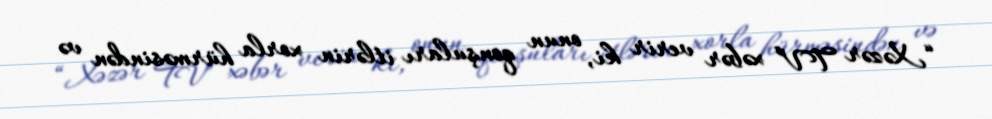
“Xəzər TV” xəbər verir ki, onun qonşuları itlərin xorla hürməsindən və